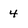
Character: 4